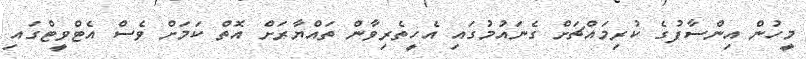
މީހުން އިންސާފުގެ ކުރިމައްޗަށް ގެނައުމުގައި އެހީތެރިވާން ތައްޔާރަށް އޮތް ކަމަށް ވެސް އެޓްވީޓްގައިި